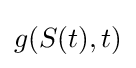
g(S(t),t)